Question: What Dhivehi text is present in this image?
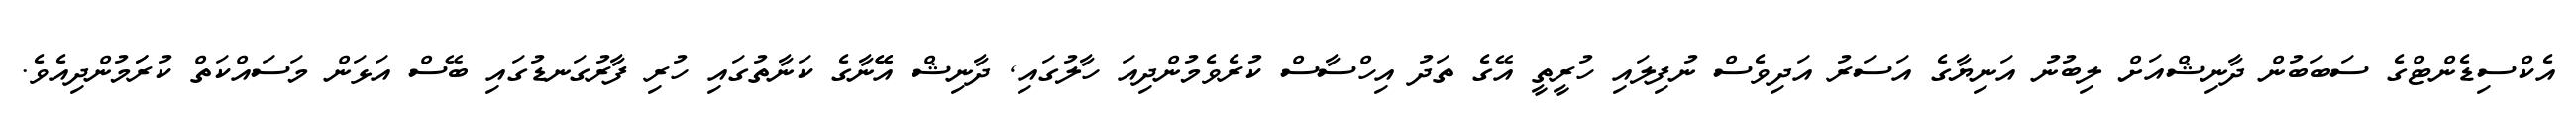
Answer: އެކްސިޑެންޓްގެ ސަބަބުން ދާނިޝްއަށް ލިބުނު އަނިޔާގެ އަސަރު އަދިވެސް ނުފިލައި ހުރީތީ އޭގެ ތަދު އިހްސާސް ކުރެވެމުންދިއަ ހާލުގައި, ދާނިޝް އޭޭނާގެ ކަނާތުގައި ހުރި ފާރުގަނޑުގައި ބޭސް އަޅަން މަސައްކަތް ކުރަަމުންދިއެވެ.